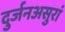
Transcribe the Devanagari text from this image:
दुर्जनअसुरां